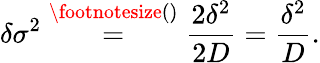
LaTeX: \delta\sigma^{2}\overset{\footnotesize()}{=}\frac{2\delta^{2}}{2D}=\frac{\delta^{2}}{D}.